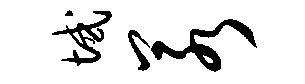
域若